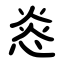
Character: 㥕